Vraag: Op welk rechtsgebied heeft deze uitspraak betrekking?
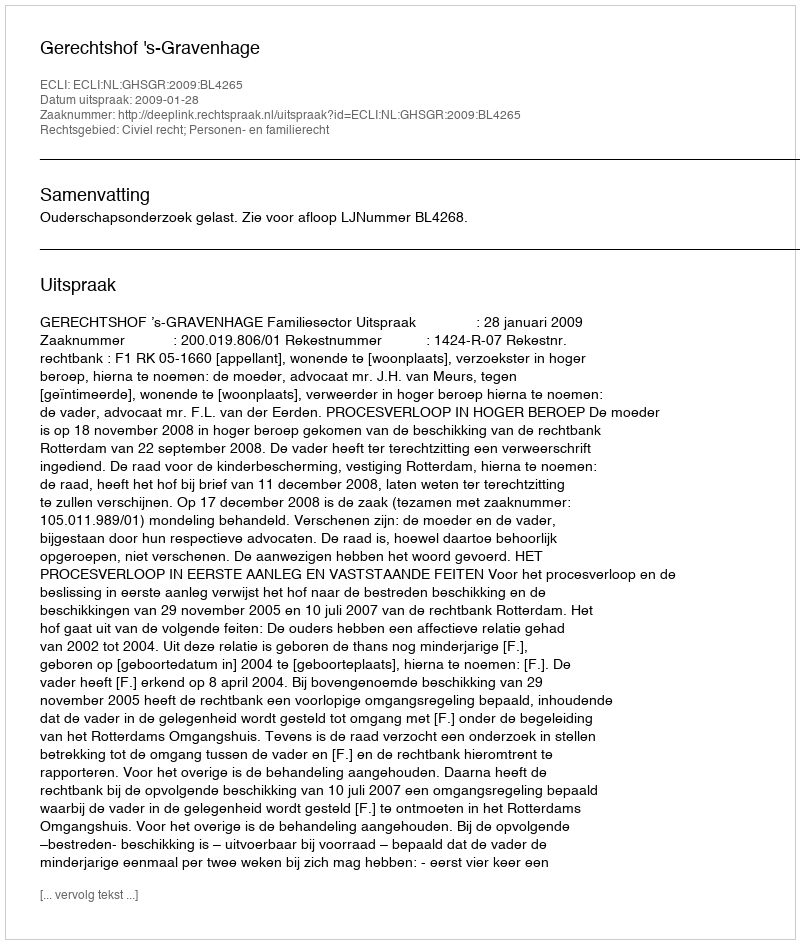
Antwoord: Civiel recht; Personen- en familierecht